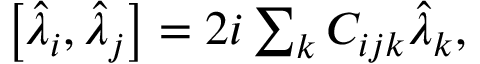
\begin{array} { r } { \left[ \hat { \lambda } _ { i } , \hat { \lambda } _ { j } \right] = 2 i \sum _ { k } C _ { i j k } \hat { \lambda } _ { k } , } \end{array}